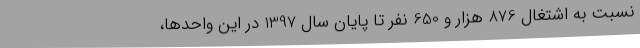
نسبت به اشتغال 876 هزار و 650 نفر تا پایان سال 1397 در این واحدها،